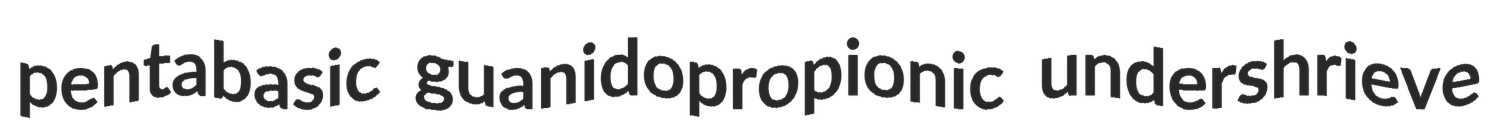
pentabasic guanidopropionic undershrieve